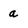
Character: a